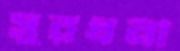
সুরধনী